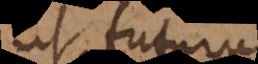
ut futurus,